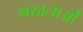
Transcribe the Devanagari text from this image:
श्रखलाओं